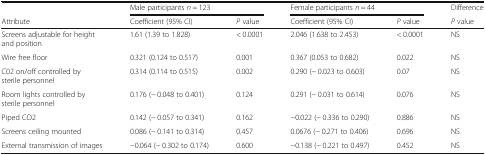
<table><thead><tr><td></td><td colspan="2"><b>Male participants <i>n</i> = 123</b></td><td colspan="2"><b>Female participants <i>n</i> = 44</b></td><td><b>Difference</b></td></tr><tr><td><b>Attribute</b></td><td><b>Coefficient (95% CI)</b></td><td><b><i>P</i> value</b></td><td><b>Coefficient (95% CI)</b></td><td><b><i>P</i> value</b></td><td><b><i>P</i> value</b></td></tr></thead><tbody><tr><td>Screens adjustable for height and position</td><td>1.61 (1.39 to 1.828)</td><td>&lt; 0.0001</td><td>2.046 (1.638 to 2.453)</td><td>&lt; 0.0001</td><td>NS</td></tr><tr><td>Wire free floor</td><td>0.321 (0.124 to 0.517)</td><td>0.001</td><td>0.367 (0.053 to 0.682)</td><td>0.022</td><td>NS</td></tr><tr><td>C02 on/off controlled by sterile personnel</td><td>0.314 (0.114 to 0.515)</td><td>0.002</td><td>0.290 (− 0.023 to 0.603)</td><td>0.07</td><td>NS</td></tr><tr><td>Room lights controlled by sterile personnel</td><td>0.176 (− 0.048 to 0.401)</td><td>0.124</td><td>0.291 (− 0.031 to 0.614)</td><td>0.076</td><td>NS</td></tr><tr><td>Piped CO2</td><td>0.142 (− 0.057 to 0.341)</td><td>0.162</td><td>−0.022 (− 0.336 to 0.290)</td><td>0.886</td><td>NS</td></tr><tr><td>Screens ceiling mounted</td><td>0.086 (− 0.141 to 0.314)</td><td>0.457</td><td>0.0676 (− 0.271 to 0.406)</td><td>0.696</td><td>NS</td></tr><tr><td>External transmission of images</td><td>−0.064 (− 0.302 to 0.174)</td><td>0.600</td><td>−0.138 (− 0.221 to 0.497)</td><td>0.452</td><td>NS</td></tr></tbody></table>